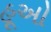
હૂઓ